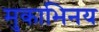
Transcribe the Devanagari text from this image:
मुकाभिनय